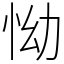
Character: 怮